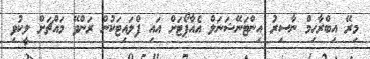
މިރޭ އިބްރާހިމް ނާސިރު އިންޓަނޭޝަނަލް އެއާޕޯޓަށް އައި ފްލައިޓަކުން ރަންވޭ މައްޗަށް ލީކުވި